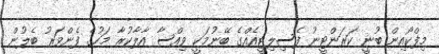
މިފްކޯއިން ބުނީ ކަރަންޓީނު ފެސިލިޓީއެއްގެ ބޭނުމަކީ ވިއްސާ އާލާކުރާ މަހުގެ ފެންވަރު ބެލުން